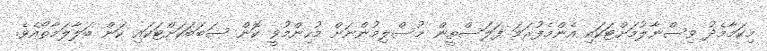
މިކަމާމެދު ވިސްނާލުމަށްޓަކައި އެންމެފުރަމަ ފަލަސްތީން މުސްލިމުންނަށް މުހިންމުވީ ކޮން ސަބަބަކަށްޓަކައި ކަން ބަލާލަމާތޯއެވެ.